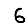
Digit: 6